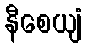
နီစေယျံ